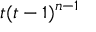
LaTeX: t ( t - 1 ) ^ { n - 1 }